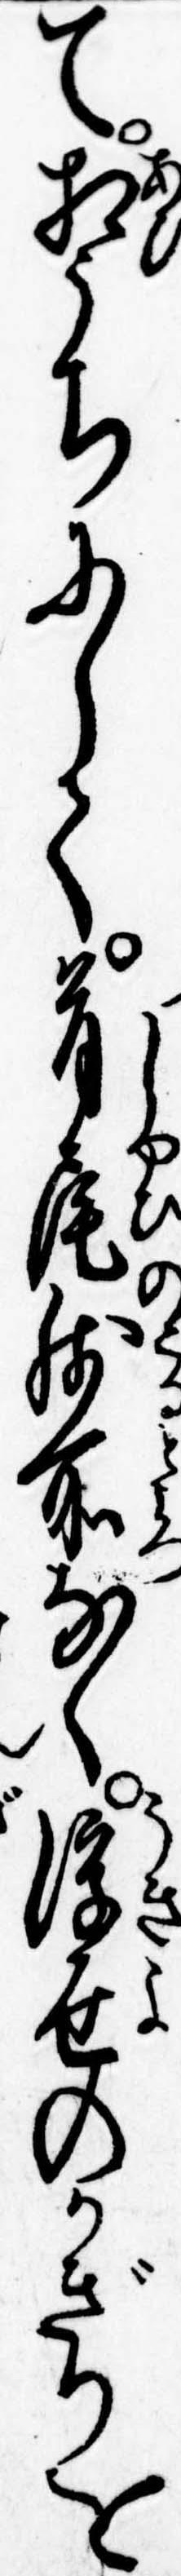
て相うちにして首尾残所なく浮世のかぎりを